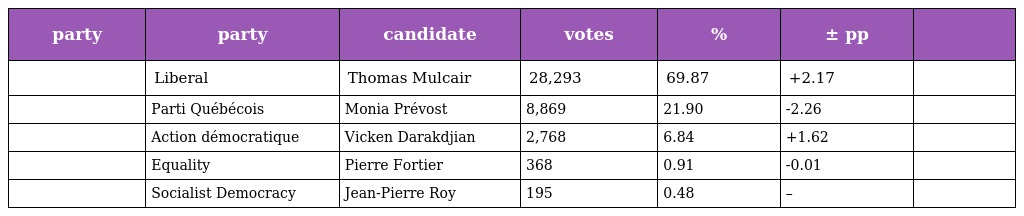
| party | party | candidate | votes | % | ± pp |  |
 | --- | --- | --- | --- | --- | --- | --- |
 |  | Liberal | Thomas Mulcair | 28,293 | 69.87 | +2.17 |  |
 |  | Parti Québécois | Monia Prévost | 8,869 | 21.90 | -2.26 |  |
 |  | Action démocratique | Vicken Darakdjian | 2,768 | 6.84 | +1.62 |  |
 |  | Equality | Pierre Fortier | 368 | 0.91 | -0.01 |  |
 |  | Socialist Democracy | Jean-Pierre Roy | 195 | 0.48 | – |  |